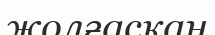
жолғасқан